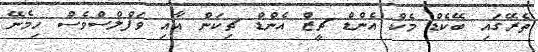
ތެރޭގައި ބޭކެޑް މެކް އެންޑް ޗީޒް އެންޑް ޗިކަން އާއި ވަފްލްސްވެސް ހިމެނޭ